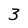
Character: 3